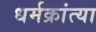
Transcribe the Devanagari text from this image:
धर्मक्रांत्या